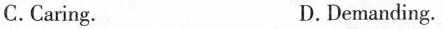
C.Caring. D.Demanding.